Civil Veterinary Dept. North-West Frontier Province 1923-32 - 1923-1932
Year: 1923
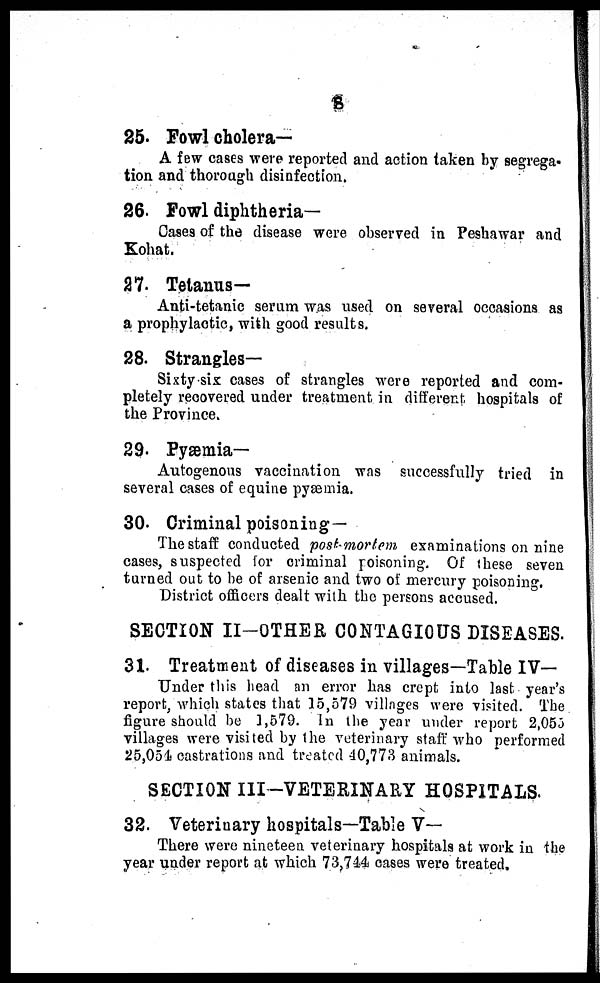
8
25. Fowl cholera—
A few cases were reported and action taken by segrega-
tion and thorough disinfection.
26. Fowl diphtheria—
Cases of the disease were observed in Peshawar and
Kohat.
27. Tetanus—
Anti-tetanic serum was used on several occasions as
a prophylactic, with good results.
28. Strangles—
Sixty six cases of strangles were reported and com-
pletely recovered under treatment in different hospitals of
the Province.
29. Pyæmia—
Autogenous vaccination was successfully tried in
several cases of equine pyæmia.
30. Criminal poisoning—
The staff conducted post mortem examinations on nine
cases, suspected for criminal poisoning. Of these seven
turned out to be of arsenic and two of mercury poisoning.
District officers dealt with the persons accused.
SECTION II-OTHER CONTAGIOUS DISEASES.
31. Treatment of diseases in villages—Table IV—
Under this head an error has crept into last year's
report, which states that 15,579 villages were visited. The
figure should be 1,579. In the year under report 2,055
villages were visited by the veterinary staff who performed
25,054 castrations and treated 40,773 animals.
SECTION III-VETERINARY HOSPITALS.
32. Veterinary hospitals—Table V—
There were nineteen veterinary hospitals at work in the
year under report at which 73,744 cases were treated,